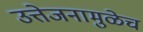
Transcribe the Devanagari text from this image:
उत्तेजनामुळेच